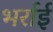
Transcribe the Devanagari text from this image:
भर्राई